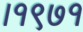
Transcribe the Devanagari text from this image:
।१९७१